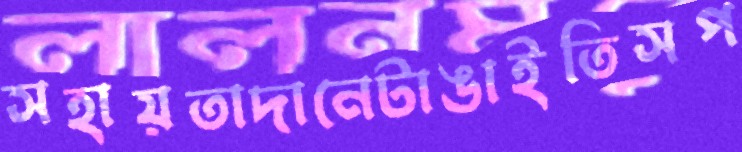
সহায়তাদানেটাঙাইতিসপ